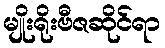
မျိုးရိုးဗီဇဆိုင်ရာ